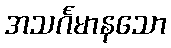
အသင်္ဂမာနသော